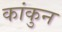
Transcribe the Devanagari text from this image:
कांकुन